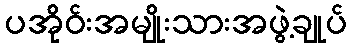
ပအိုဝ်းအမျိုးသားအဖွဲ့ချုပ်